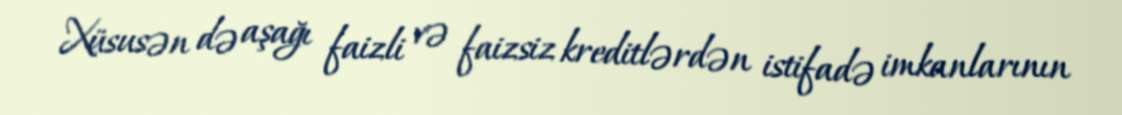
Xüsusən də aşağı faizli və faizsiz kreditlərdən istifadə imkanlarının